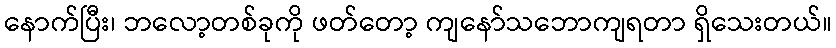
နောက်ပြီး၊ ဘလော့တစ်ခုကို ဖတ်တော့ ကျနော်သဘောကျရတာ ရှိသေးတယ်။